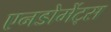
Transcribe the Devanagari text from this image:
एनडोमेंट्स